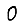
Digit: 0